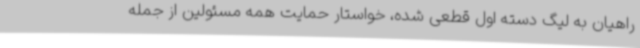
راهیان به لیگ دسته اول قطعی شده، خواستار حمایت همه مسئولین از جمله